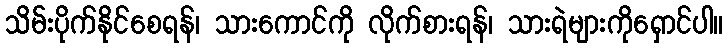
သိမ်းပိုက်နိုင်စေရန်၊ သားကောင်ကို လိုက်စားရန်၊ သားရဲများကိုရှောင်ပါ။